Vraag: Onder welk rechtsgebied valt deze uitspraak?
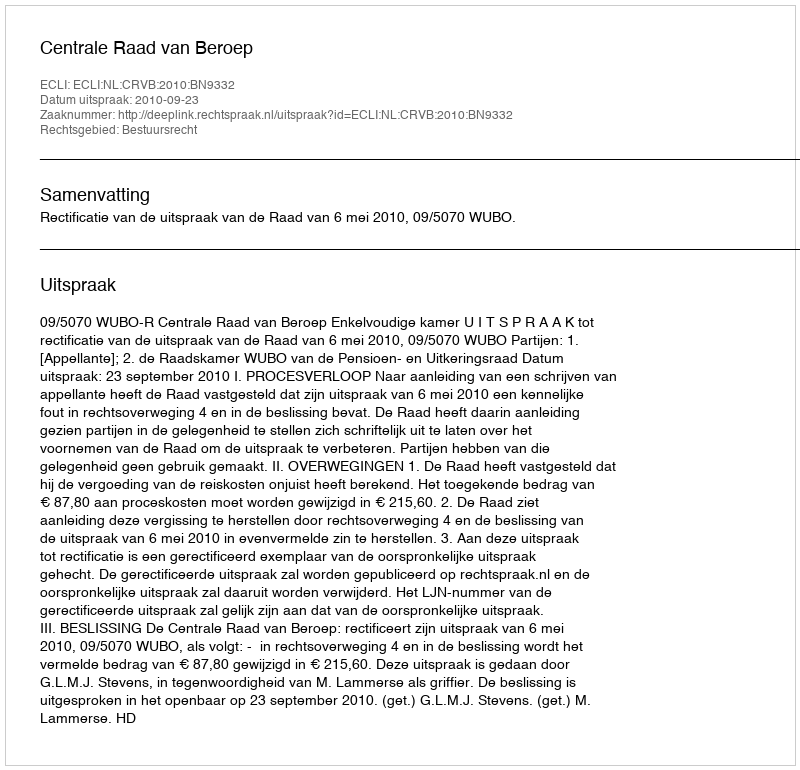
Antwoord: Bestuursrecht